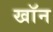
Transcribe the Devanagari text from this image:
खाॅन